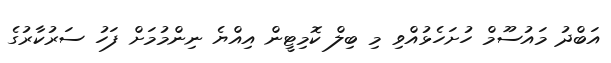
އަބްދު މައުސޫމް ހުށަހެޅުއްވި މި ބިލް ކޮމިޓީން އިއްޔެ ނިންމުމަށް ފަހު ސަރުކާރުގެ